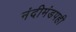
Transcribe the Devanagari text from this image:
नंदीमंडपही